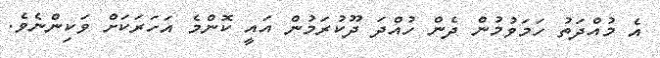
އެ މުއްދަތު ހަމަވުމުން ދެން ހުއްދަ ދޫކުރަމުން އައީ ކޮންމެ އަހަރަކަށް ވަކިންނެވެ.